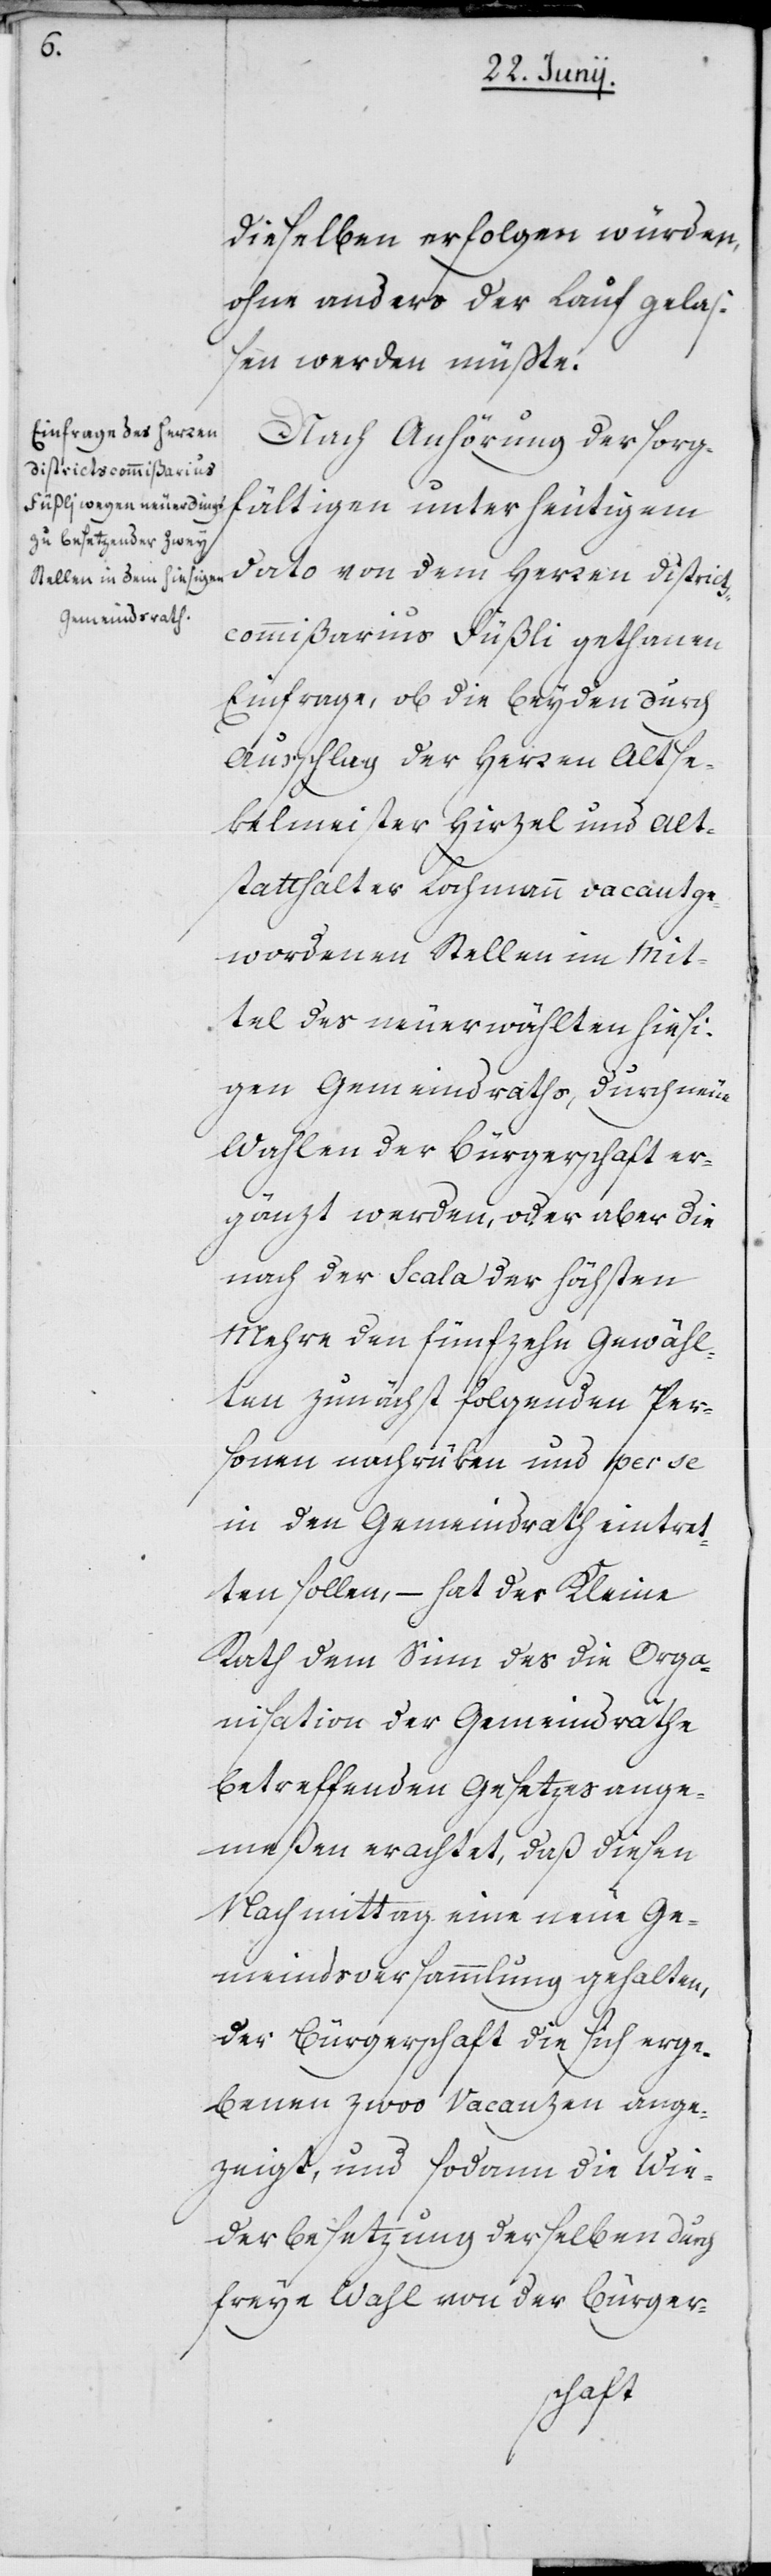
dieselben erfolgen würden,
ohne anders der Lauf gela¬
ßen werden müßte.
Nach Anhörung der sorg¬
fältigen unter heutigem
dato von dem Herren District¬
scommißarius Füßli gethanen
Einfrage, ob die beyden durch
Ausschlag der Herren Altse¬
kelmeister Hirzel und Alt¬
statthalter Lochmann vacant ge¬
wordenen Stellen im Mit¬
tel des neu erwählten hiesi¬
gen Gemeindraths, durch neue
Wahlen der Bürgerschaft er¬
gänzt werden, oder aber die
nach der Scala der höchsten
Mehre den fünfzehn Gewähl¬
ten zunächst folgenden Per¬
sonen nachrüken und per se
in den Gemeindrath eintret¬
ten sollen, – hat der Kleine
Rath dem Sinn des die Orga¬
nisation der Gemeindräthe
betreffenden Gesetzes ange¬
meßen erachtet, daß diesen
Nachmittag eine neue Ge¬
meindsversammlung gehalten,
der Bürgerschaft die sich erge¬
benen zwoo Vacanzen ange¬
zeigt, und sodann die Wie¬
derbesetzung derselben durch
freye Wahl von der Bürger-